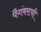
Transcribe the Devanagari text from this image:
पैगंबराची